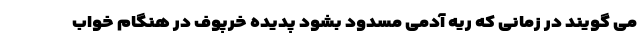
می گویند در زمانی که ریه آدمی مسدود بشود پدیده خرپوف در هنگام خواب